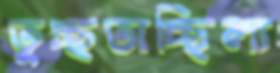
তুচ্ছতাচ্ছিল্য